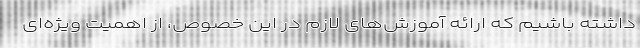
داشته باشیم که ارائه آموزش‌های لازم در این خصوص، از اهمیت ویژه‌ای